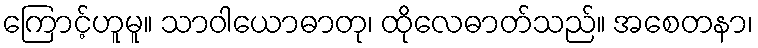
ကြောင့်ဟူမူ။ သာဝါယောဓာတု၊ ထိုလေဓာတ်သည်။ အစေတနာ၊